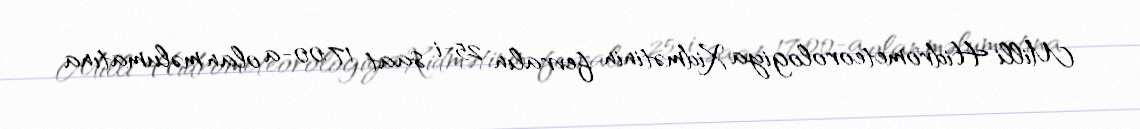
Milli Hidrometeorologiya Xidmətinin fevralın 25-i saat 17:00-a olan məlumatına